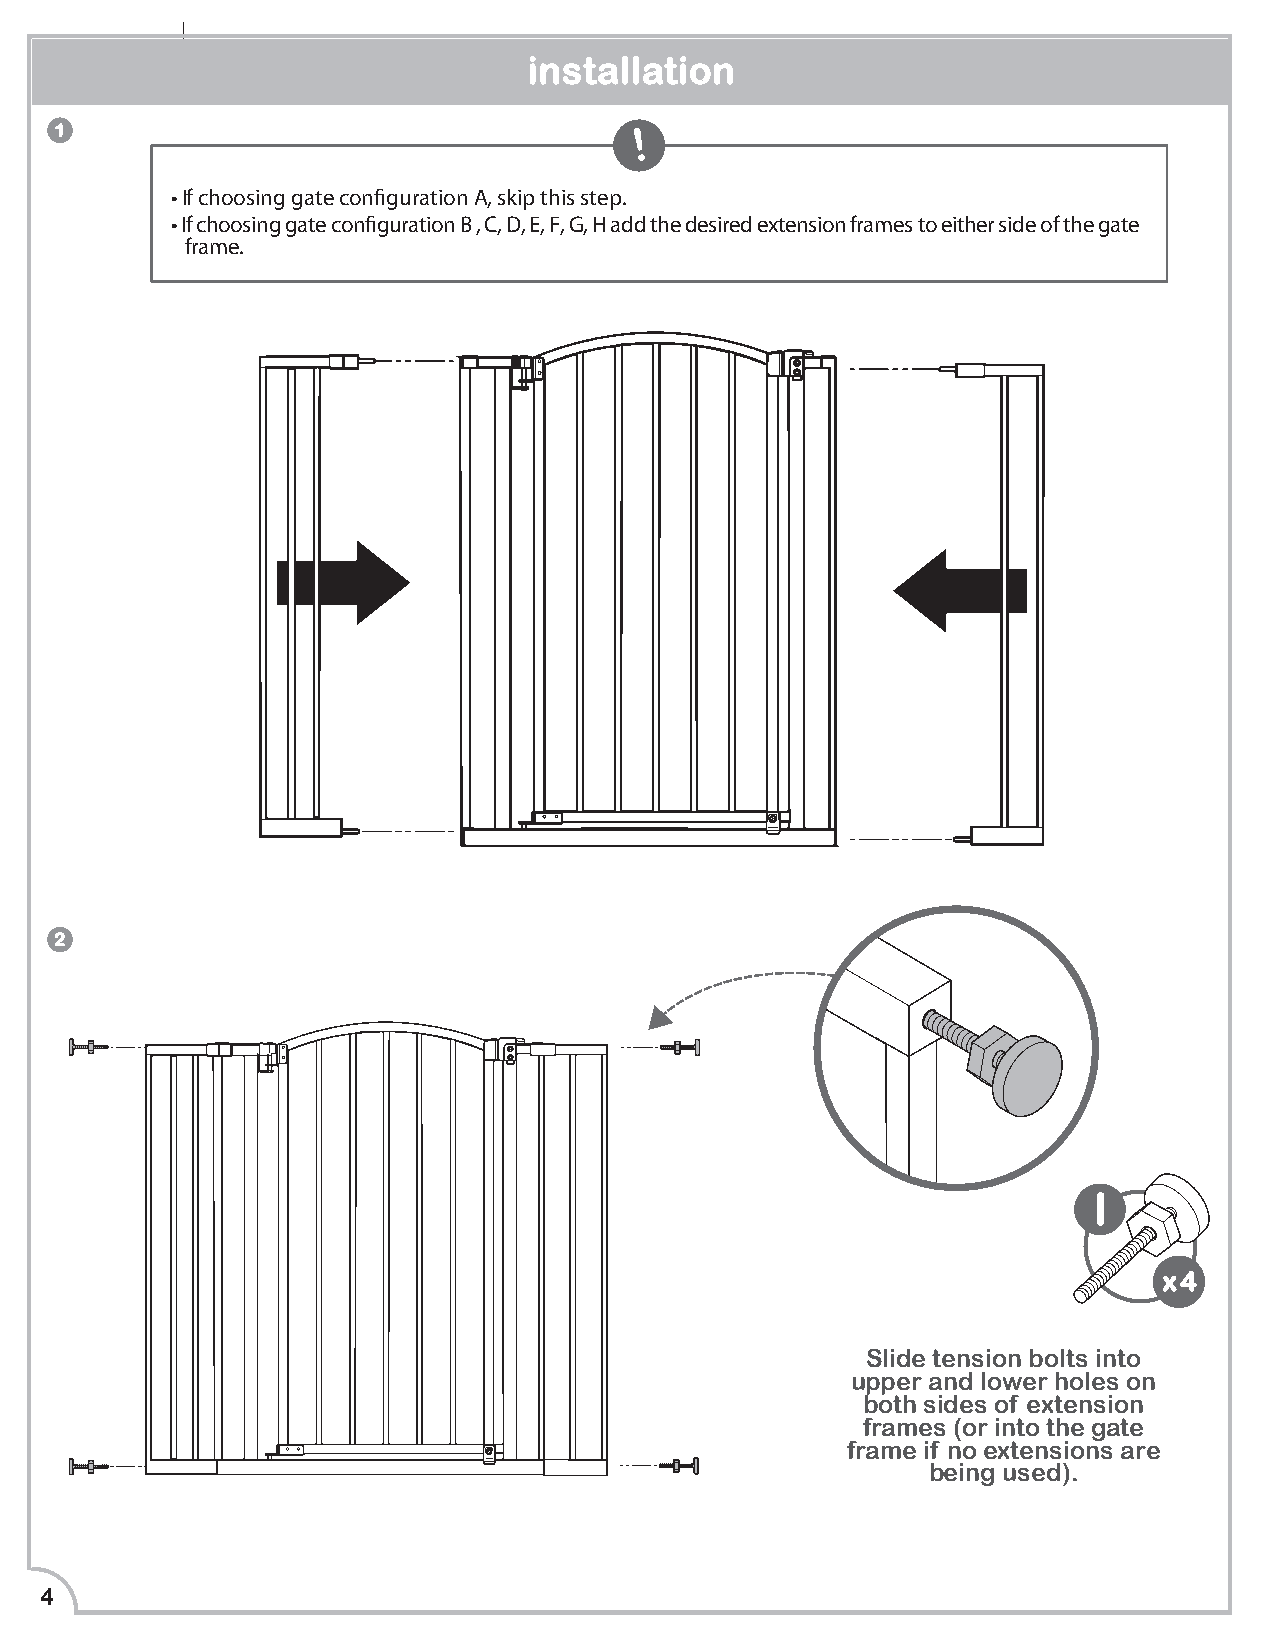
installation
 1                                     !
 • If choosing gate configuration A, skip this step.
 • If choosing gate configuration B , C, D, E, F, G, H add the desired extension frames to either side of the gate
 frame.
 2
 I
 x4
 Slide tension bolts into
 upper and lower holes on
 both sides of extension
 frames (or into the gate
 frame if no extensions are
 being used).
 4